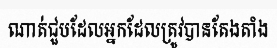
ណាត់ជួបដែលអ្នកដែលត្រូវបានតែងតាំង